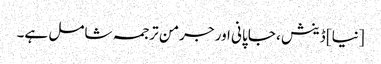
[نیا] ڈینش ، جاپانی اور جرمن ترجمہ شامل ہے۔